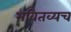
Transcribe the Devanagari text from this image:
भवितव्यच